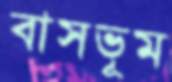
বাসভূম